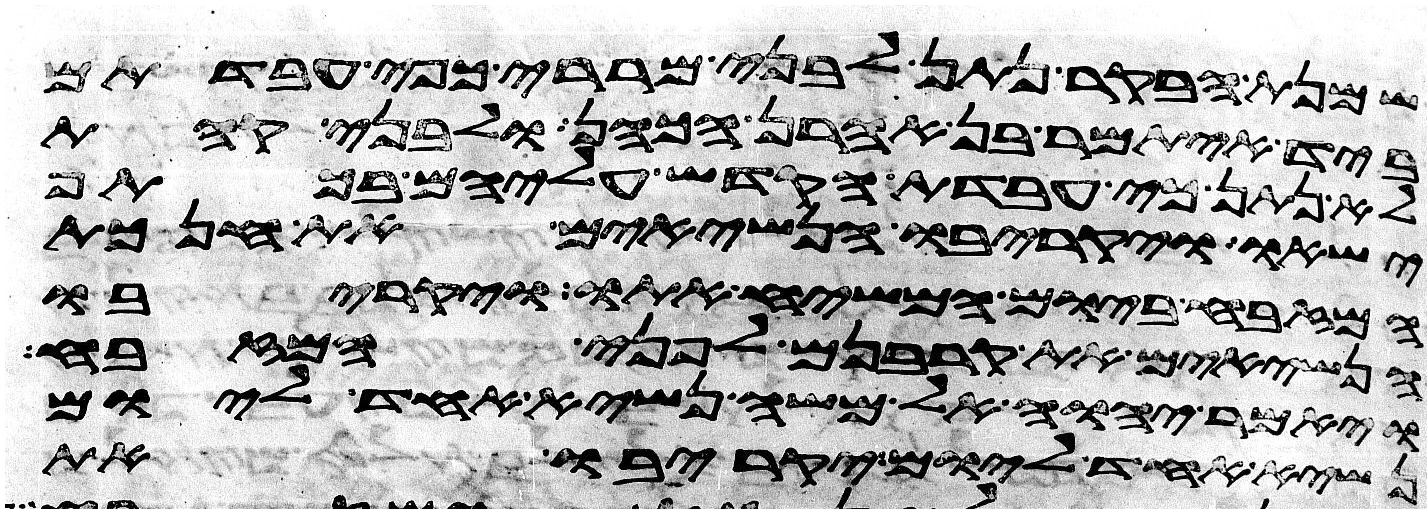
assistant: שמנת הבקר נתן לבני מררי כפי עבדתם
ביד איתמר בן אהרן הכהן ולבני קהת
לא נתן כי עבדת הקדש עליהם בכתף
ישאו ויקריבו הנשיאים את חנכת
המזבח ביום המשיח אתו ויקריבו
הנשיאים את קרבנם לפני המזבח
ויאמר יהוה אל משה נשיא אחד ליום
נשיא אחד ליום יקריבו את